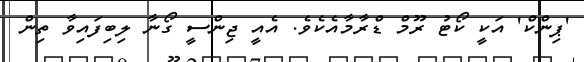
'ޕިންކް' އަކީ ކޯޓު ރޫމް ޑްރާމާއެކެވެ. އެއީ ޖިންސީ ގޯނާ ލިބިފައިވާ ތިން